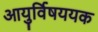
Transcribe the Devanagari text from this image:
आयुर्विषययक